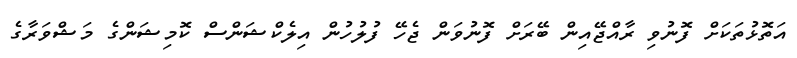
އަތޮޅުތަކަށް ފޮނުވި ރާއްޖޭއިން ބޭރަށް ފޮނުވަން ޖެހޭ ފުލުހުން އިލެކްޝަންސް ކޮމިޝަންގެ މަޝްވަރާގެ